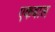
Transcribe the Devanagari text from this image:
एकबाल